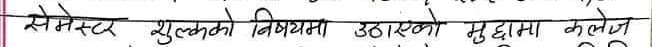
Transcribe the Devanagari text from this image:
सेमेस्टर शुल्कको विषयमा उठाएको मुद्धामा कलेज